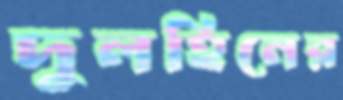
দুলহিনের